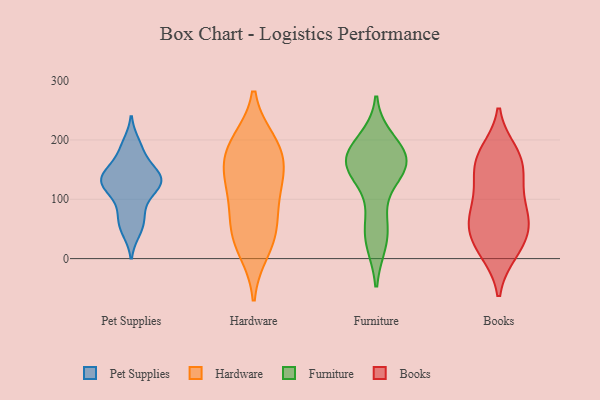
{"axis": {"x": "Gross Profit (USD K)", "y": "Value"}, "legend": ["Books", "Furniture", "Hardware", "Pet Supplies"], "data": [{"x": "", "y": 147, "type": "Pet Supplies"}, {"x": "", "y": 135, "type": "Pet Supplies"}, {"x": "", "y": 176, "type": "Pet Supplies"}, {"x": "", "y": 115, "type": "Pet Supplies"}, {"x": "", "y": 135, "type": "Pet Supplies"}, {"x": "", "y": 128, "type": "Pet Supplies"}, {"x": "", "y": 141, "type": "Pet Supplies"}, {"x": "", "y": 46, "type": "Pet Supplies"}, {"x": "", "y": 194, "type": "Pet Supplies"}, {"x": "", "y": 79, "type": "Pet Supplies"}, {"x": "", "y": 113, "type": "Pet Supplies"}, {"x": "", "y": 62, "type": "Pet Supplies"}, {"x": "", "y": 44, "type": "Hardware"}, {"x": "", "y": 71, "type": "Hardware"}, {"x": "", "y": 181, "type": "Hardware"}, {"x": "", "y": 143, "type": "Hardware"}, {"x": "", "y": 192, "type": "Hardware"}, {"x": "", "y": 15, "type": "Hardware"}, {"x": "", "y": 160, "type": "Hardware"}, {"x": "", "y": 111, "type": "Hardware"}, {"x": "", "y": 39, "type": "Hardware"}, {"x": "", "y": 123, "type": "Hardware"}, {"x": "", "y": 196, "type": "Hardware"}, {"x": "", "y": 30, "type": "Furniture"}, {"x": "", "y": 148, "type": "Furniture"}, {"x": "", "y": 66, "type": "Furniture"}, {"x": "", "y": 164, "type": "Furniture"}, {"x": "", "y": 196, "type": "Furniture"}, {"x": "", "y": 175, "type": "Furniture"}, {"x": "", "y": 154, "type": "Furniture"}, {"x": "", "y": 169, "type": "Furniture"}, {"x": "", "y": 157, "type": "Furniture"}, {"x": "", "y": 164, "type": "Furniture"}, {"x": "", "y": 36, "type": "Furniture"}, {"x": "", "y": 54, "type": "Books"}, {"x": "", "y": 109, "type": "Books"}, {"x": "", "y": 180, "type": "Books"}, {"x": "", "y": 160, "type": "Books"}, {"x": "", "y": 20, "type": "Books"}, {"x": "", "y": 53, "type": "Books"}, {"x": "", "y": 65, "type": "Books"}, {"x": "", "y": 143, "type": "Books"}, {"x": "", "y": 10, "type": "Books"}, {"x": "", "y": 170, "type": "Books"}, {"x": "", "y": 52, "type": "Books"}, {"x": "", "y": 68, "type": "Books"}, {"x": "", "y": 174, "type": "Books"}, {"x": "", "y": 93, "type": "Books"}, {"x": "", "y": 128, "type": "Books"}, {"x": "", "y": 10, "type": "Books"}]}